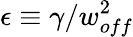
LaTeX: \epsilon\equiv\gamma/w_{off}^{2}